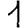
Digit: 1